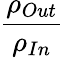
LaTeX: {\frac{\rho_{Out}}{\rho_{In}}}\,